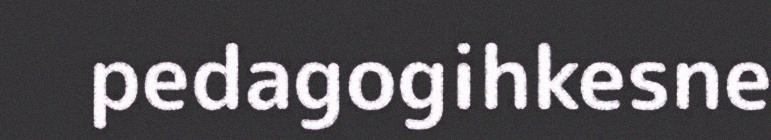
pedagogihkesne